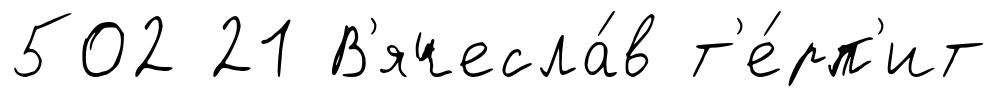
502 21 В'ячесла́в т'е́рп'ит